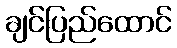
ချင်ပြည်ထောင်